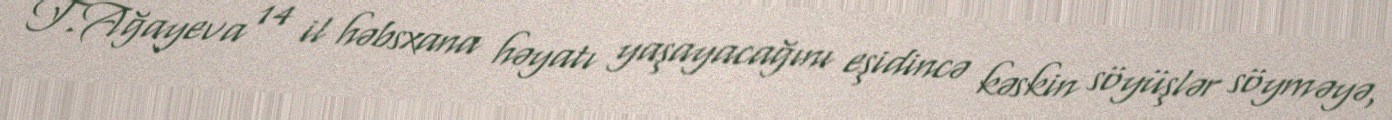
T.Ağayeva 14 il həbsxana həyatı yaşayacağını eşidincə kəskin söyüşlər söyməyə,